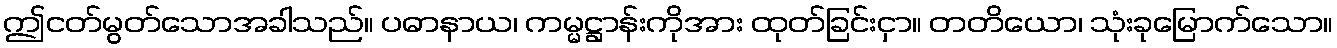
ဤငတ်မွတ်သောအခါသည်။ ပဓာနာယ၊ ကမ္မဋ္ဌာန်းကိုအား ထုတ်ခြင်းငှာ။ တတိယော၊ သုံးခုမြောက်သော။